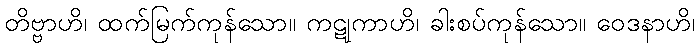
တိဗ္ဗာဟိ၊ ထက်မြက်ကုန်သော။ ကဋုကာဟိ၊ ခါးစပ်ကုန်သော။ ဝေဒနာဟိ၊